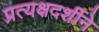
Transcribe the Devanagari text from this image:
प्रत्यक्षदर्शीने